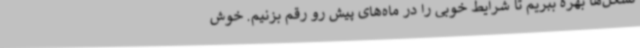
تشکل‌ها بهره ببریم تا شرایط خوبی را در ماه‌های پیش رو رقم بزنیم. خوش